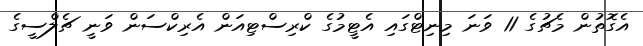
އެގޮތުން މެޗުގެ 11 ވަނަ މިނިޓްގައި އެޓީމުގެ ކްރިސްޓިއަން އެރިކްސަން ވަނީ ޗެލްސީގެ